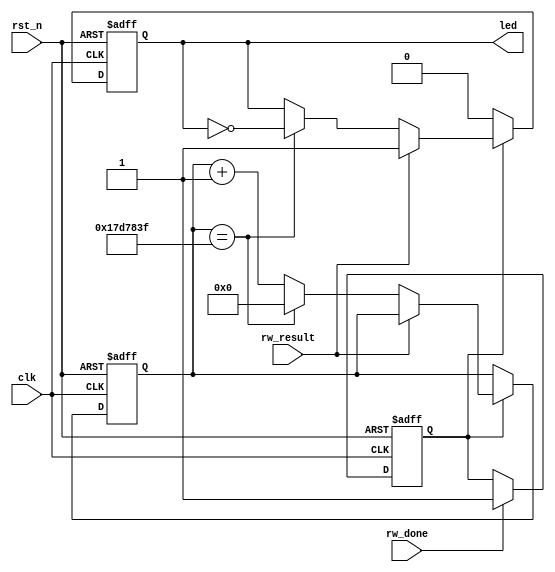
// PL_LED0PL_LED0
module led_alarm 
    #(parameter L_TIME = 25'd25_000_000 
    )
    (
    input        clk       ,  //
    input        rst_n     ,  //
                 
    input        rw_done   ,  //
    input        rw_result ,  //E2PROM
    output  reg  led          //E2PROM 0: 1:
);


    reg          rw_done_flag;    //
	reg  [24:0]  led_cnt     ;    //led
	
	//
	always @(posedge clk or negedge rst_n) begin
    if(!rst_n)
        rw_done_flag <= 1'b0;
    else if(rw_done)
        rw_done_flag <= 1'b1;
 end
 
    always @(posedge clk or negedge rst_n) begin
    if(!rst_n)begin
        led <= 1'b0;
		led_cnt <= 25'd0;
	end
    else begin 
		 if(rw_done_flag)begin
			if(rw_result)
			      led <= 1'b1;
			else begin
			      led_cnt <= led_cnt + 1'd1;
			      if(led_cnt == L_TIME -1'b1)begin
				  led_cnt <= 0;
				  led <= ~led;
				  end
			end 
		 end
		 else 
		   led <= 1'b0;
	end
 end
 endmodule